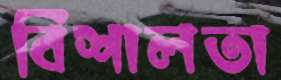
বিশালতা